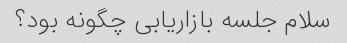
سلام جلسه بازاریابی چگونه بود؟